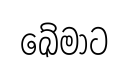
ඛේමාට